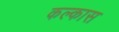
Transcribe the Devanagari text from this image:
कल्कास